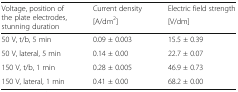
| <ROWSPAN=2> Voltage, position of the plate electrodes, stunning duration | Current density | Electric field strength |
 | [A/dm2] | [V/dm] |
 | --- | --- | --- |
 | 50 V, t/b, 5 min | 0.09 ± 0.003 | 15.5 ± 0.39 |
 | 50 V, lateral, 5 min | 0.14 ± 0.00 | 22.7 ± 0.07 |
 | 150 V, t/b, 1 min | 0.28 ± 0.005 | 46.9 ± 0.73 |
 | 150 V, lateral, 1 min | 0.41 ± 0.00 | 68.2 ± 0.00 |